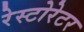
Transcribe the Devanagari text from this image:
रेस्टोरेटर